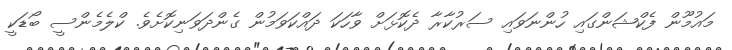
މައުމޫން ފެކްޝަންގައި ހުންނަވައި ސަރުކާރާ ދެކޮޅަށް ވާހަކަ ދައްކަވަމުން ގެންދަވަނިކޮށެވެ. ކްލެމެންސީ ބޯޑަކީ